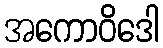
အကောဝိဒေါ